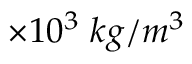
\times 1 0 ^ { 3 } \; k g / m ^ { 3 }